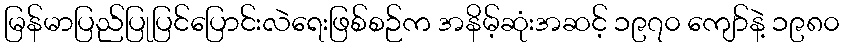
မြန်မာပြည်ပြုပြင်ပြောင်းလဲရေးဖြစ်စဉ်က အနိမ့်ဆုံးအဆင့် ၁၉၇၀ ကျော်နဲ့ ၁၉၈၀